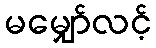
မမျှော်လင့်